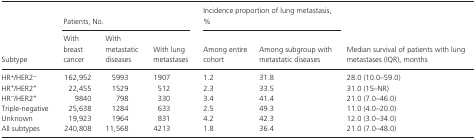
| <ROWSPAN=2> Subtype | <COLSPAN=3> Patients, No. | <COLSPAN=2> Incidence proportion of lung metastasis, % | <ROWSPAN=2> Median survival of patients with lung metastases (IQR), months |
 | With breast cancer | With metastatic diseases | With lung metastases | Among entire cohort | Among subgroup with metastatic diseases |
 | --- | --- | --- | --- | --- | --- | --- |
 | HR+/HER2− | 162,952 | 5993 | 1907 | 1.2 | 31.8 | 28.0 (10.0–59.0) |
 | HR+/HER2+ | 22,455 | 1529 | 512 | 2.3 | 33.5 | 31.0 (15–NR) |
 | HR−/HER2+ | 9840 | 798 | 330 | 3.4 | 41.4 | 21.0 (7.0–46.0) |
 | Triple‐negative | 25,638 | 1284 | 633 | 2.5 | 49.3 | 11.0 (4.0–20.0) |
 | Unknown | 19,923 | 1964 | 831 | 4.2 | 42.3 | 12.0 (3.0–34.0) |
 | All subtypes | 240,808 | 11,568 | 4213 | 1.8 | 36.4 | 21.0 (7.0–48.0) |